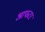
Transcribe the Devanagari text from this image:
आफटर